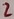
Text: 2